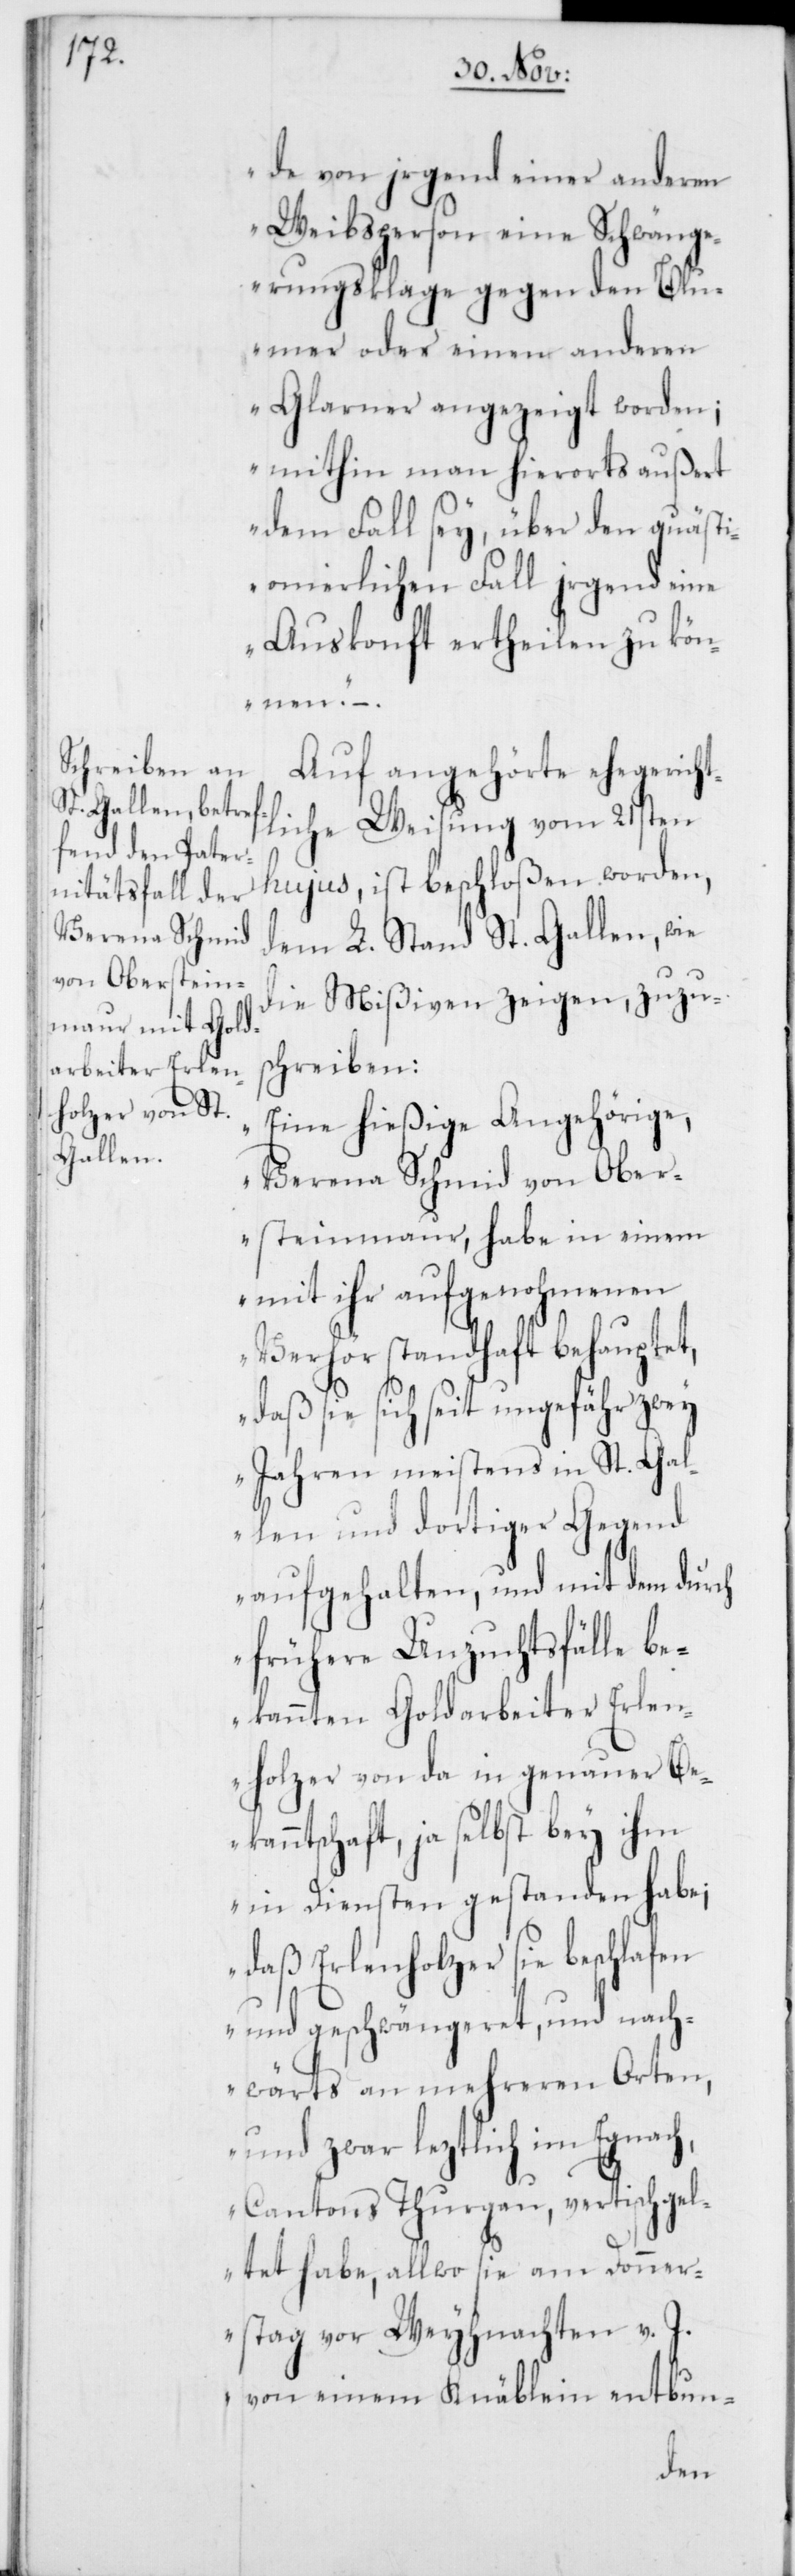
de von irgend einer anderen
Weibsperson eine Schwäng¬
erungsklage gegen den Blu¬
mer oder einem anderen
Glarner angezeigt worden;
mithin man hierorts außert
dem Fall sey, über den quästi¬
onierlichen Fall irgend eine
Auskonft ertheilen zu kön¬
nen.“
Auf angehörte ehegericht¬
liche Weisung vom 21sten
hujus, ist beschloßen worden,
dem L. Stand St. Gallen, wie
die Mißiven zeigen, zuzu¬
schreiben:
„Eine hießige Angehörige,
Verena Schmid von Ober¬
steinmaur, habe in einem
mit ihr aufgenohmenen
Verhör standhaft behauptet,
daß sie sich seit ungefähr zwey
Jahren meistens in St. Gal¬
len und dortiger Gegend
aufgehalten, und mit dem durch
frühere Unzuchtsfälle be¬
kannten Goldarbeiter Erlen¬
holzer von da in genauer Bek¬
anntschaft, ja selbst bey ihm
in Diensten gestanden habe;
daß Erlenholzer sie beschlafen
und geschwängeret, und nach¬
wärts an mehreren Orten,
und zwar leztlich im Egnach,
Cantons Thurgau, vertischgel¬
det habe, allwo sie am Donner¬
stag vor Weyhnachten v. J.
von einem Knäblein entbun-